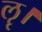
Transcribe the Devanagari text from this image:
ॡ।